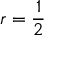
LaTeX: r = { \frac { 1 } { 2 } }